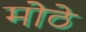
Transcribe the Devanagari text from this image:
मोेठे